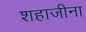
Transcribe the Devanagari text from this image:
शहाजीना